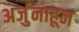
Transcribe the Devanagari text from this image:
अर्जुनाहून